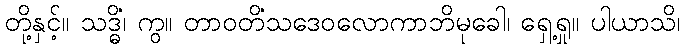
တို့နှင့်။ သဒ္ဓိံ၊ ကွ။ တာဝတိံသဒေဝလောကာဘိမုခေါ၊ ရှေ့ရှု။ ပါယာသိ၊